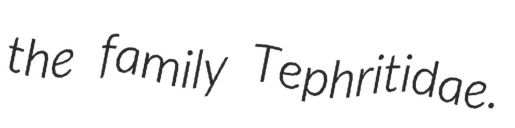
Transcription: the family Tephritidae.